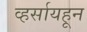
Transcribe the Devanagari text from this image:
व्हर्सायहून